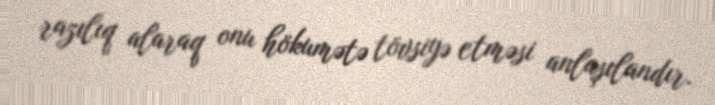
razılıq alaraq onu hökumətə tövsiyə etməsi anlaşılandır.